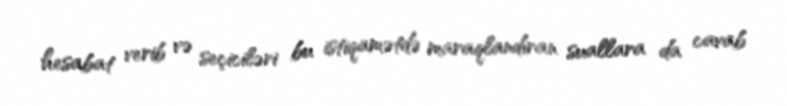
hesabat verib və seçiciləri bu istiqamətdə maraqlandıran suallara da cavab